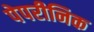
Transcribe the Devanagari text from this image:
पेपरीनिक